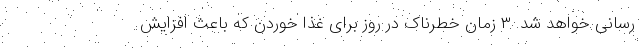
رسانی خواهد شد. ۳ زمان خطرناک در روز برای غذا خوردن که باعث افزایش